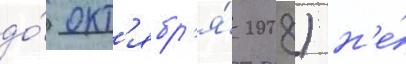
до́ окт'ябр'я́ 2008) н'е́